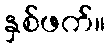
နှစ်ဖက်။